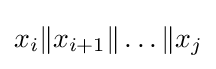
x_{i}\|x_{i+1}\|\ldots \|x_{j}